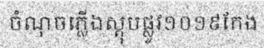
ចំណុចភ្លើងស្តុបផ្លូវ១០១៩កែង